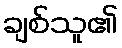
ချစ်သူ၏